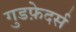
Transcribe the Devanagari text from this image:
गुडफ़ेदर्स